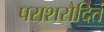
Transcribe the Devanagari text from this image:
पराशरौदितं